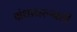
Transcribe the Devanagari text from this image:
ग्रंथावरूनही